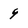
Character: 9